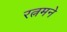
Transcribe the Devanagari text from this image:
रत्नमने